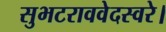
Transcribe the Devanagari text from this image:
सुभटराववेदस्वरे।